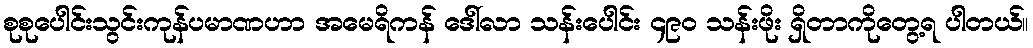
စုစုပေါင်းသွင်းကုန်ပမာဏဟာ အမေရိကန် ဒေါ်လာ သန်းပေါင်း ၄၉၀ သန်းဖိုး ရှိတာကိုတွေ့ရ ပါတယ်။